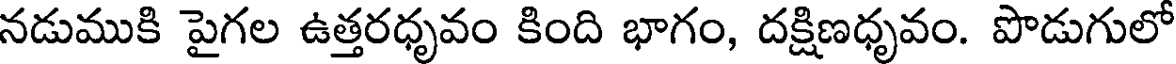
నడుముకి పైగల ఉత్తరధృవం కింది భాగం, దక్షిణధృవం. పొడుగులో